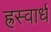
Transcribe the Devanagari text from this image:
ह्रस्वार्ध